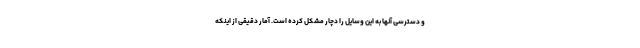
و دسترسی آنها به این وسایل را دچار مشکل کرده است. آمار دقیقی از اینکه